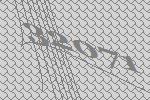
32071